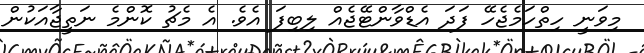
މިވަނީ ހިތްހަމެޖެހޭ ފަދަ އެޑްވާންޓޭޖެއް ލިބިފަ އެވެ. އެ މެޗު ކޮންމެ ނަތީޖާއަކުން